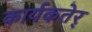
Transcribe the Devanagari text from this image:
कार्यकतेर्